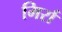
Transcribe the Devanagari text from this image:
मिर्रा